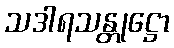
သဒါရသန္တုဋ္ဌော